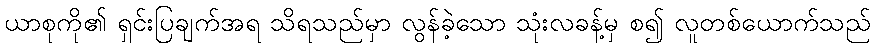
ယာစုကို၏ ရှင်းပြချက်အရ သိရသည်မှာ လွန်ခဲ့သော သုံးလခန့်မှ စ၍ လူတစ်ယောက်သည်